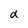
Character: d